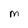
Character: M